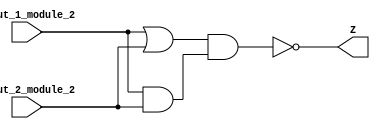
module Module_2(input_1_module_2, input_2_module_2, Z);

input input_1_module_2, input_2_module_2;
output Z;

assign Z = ~((input_1_module_2 | input_2_module_2) & (input_1_module_2 & input_2_module_2));


endmodule